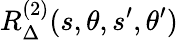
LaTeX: R_{\Delta}^{(2)}(s,\theta,s^{\prime},\theta^{\prime})